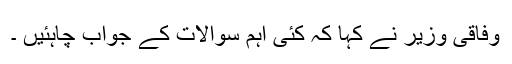
وفاقی وزیر نے کہا کہ کئی اہم سوالات کے جواب چاہئیں ۔